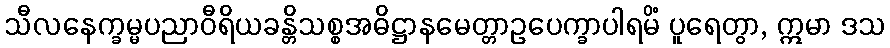
သီလနေက္ခမ္မပညာဝီရိယခန္တိသစ္စအဓိဋ္ဌာနမေတ္တာဥပေက္ခာပါရမိံ ပူရေတွာ, ဣမာ ဒသ